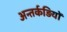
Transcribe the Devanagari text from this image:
अन्तर्कड़ियों